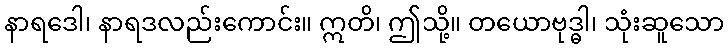
နာရဒေါ၊ နာရဒလည်းကောင်း။ ဣတိ၊ ဤသို့။ တယောဗုဒ္ဓါ၊ သုံးဆူသော